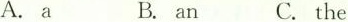
A.a B.an C.the